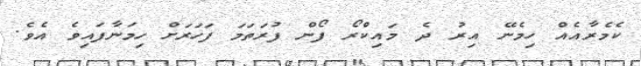
ކެމެރާއެއް ހިމެނޭ އިރު ދެ މައިކްރޯ ފޯން ފުރަތަމަ ފަހަރަށް ހިމަނާފައިވެ އެވެ.